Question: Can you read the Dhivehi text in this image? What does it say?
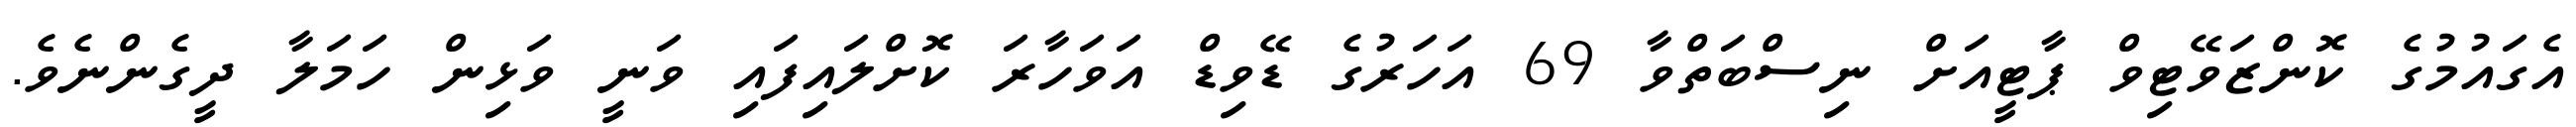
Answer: އެގައުމުގެ ކޮންޒަވޭޓިވް ޕާޓީއަށް ނިސްބަތްވާ 69 އަހަރުގެ ޑޭވިޑް އަވަހާރަ ކޮށްލައިފައި ވަނީ ވަޅިން ހަމަލާ ދީގެންނެވެ.